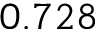
0 . 7 2 8